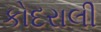
કોદરાલી